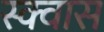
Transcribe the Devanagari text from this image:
स्क्वास